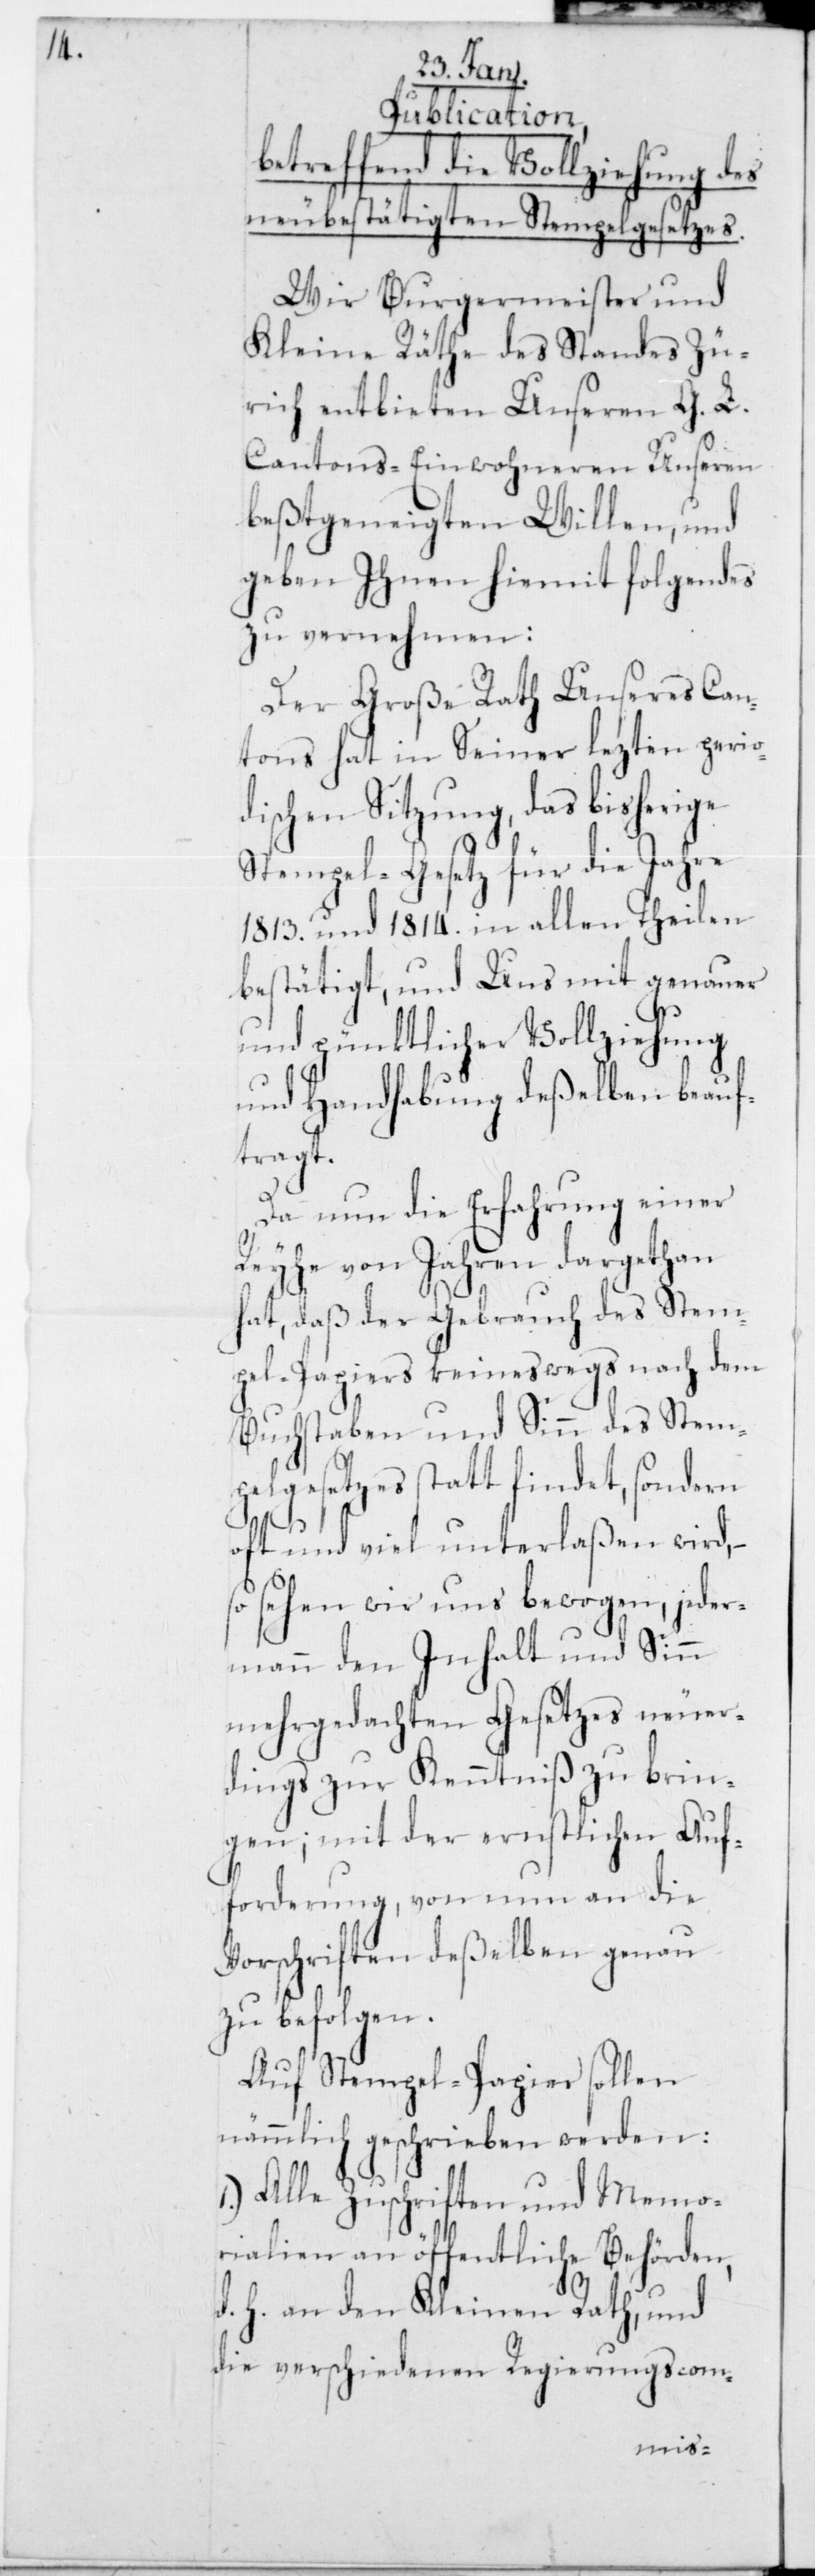
Publication,
betreffend die Vollziehung des
neubestätigten Stempelgesetzes.
Wir Burgermeister und
Kleine Räthe des Standes Zü¬
rich entbieten Unseren G. L.
Cantons-Einwohneren Unseren
beßtgeneigten Willen, und
geben Ihnen hiemit folgendes
zu vernehmen:
Der Große Rath Unseres Can¬
tons hat in Seiner lezten perio¬
dischen Sitzung, das bisherige
Stempel-Gesetz für die Jahre
1813. und 1814. in allen Theilen
bestätigt, und Uns mit genauer
und pünktlicher Vollziehung
und Handhabung deßelben beauf¬
tragt.
Da nun die Erfahrung einer
Reyhe von Jahren dargethan
hat, daß der Gebrauch des Stem¬
pel-Papiers keineswegs nach dem
Buchstaben und Sinn des Stem¬
pelgesetzes statt findet, sondern
oft und viel unterlaßen wird, –
so sehen wir uns bewogen, jeder¬
mann den Inhalt und Sinn
mehrgedachten Gesetzes neuer¬
dings zur Kenntniß zu brin¬
gen; mit der ernstlichen Auf¬
forderung, von nun an die
Vorschriften deßelben genau
zu befolgen.
Auf Stempel-Papier sollen
nämmlich geschrieben werden:
1.) Alle Zuschriften und Memo¬
rialien an öffentliche Behörden,
d. h. an den Kleinen Rath, und
die verschiedenen Regierungscom-